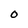
Character: O